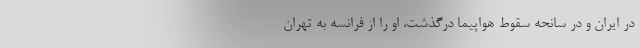
در ایران و در سانحه سقوط هواپیما درگذشت، او را از فرانسه به تهران